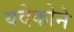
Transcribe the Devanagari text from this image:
यदेकोने